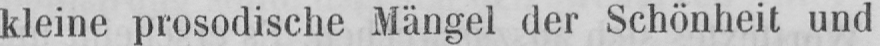
kleine prosodische Mängel der Schönheit und